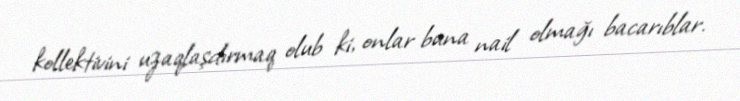
kollektivini uzaqlaşdırmaq olub ki, onlar buna nail olmağı bacarıblar.